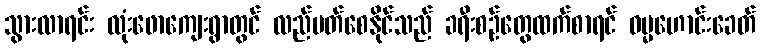
သွားလာရင်း လုံးဖောကျေးရွာတွင် လည်ပတ်စေနိုင်သည် ခရီးစဉ်တွေထက်စာရင် ဓမ္မဟောင်းခေတ်